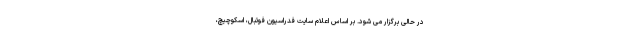
در حالی برگزار می شود. بر اساس اعلام سایت فدراسیون فوتبال، اسکوچیچ،